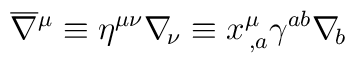
\overline\nabla{^\mu}\equiv\eta^{\mu\nu} \nabla_{\!\nu}\equiv x^\mu_{\, ,a}\gamma^{ab}\nabla_{\! b}